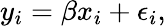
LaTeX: y_{i}=\beta x_{i}+\epsilon_{i},